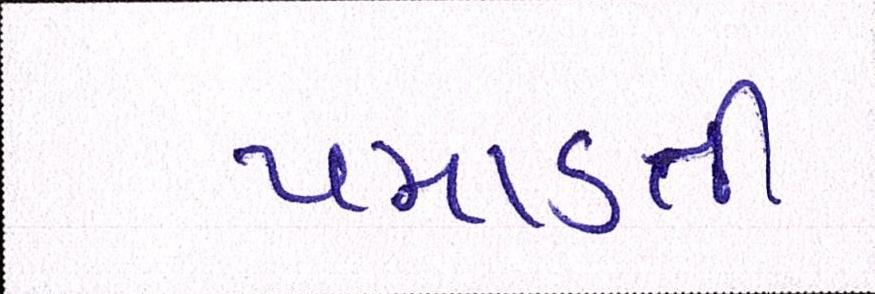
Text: પમાડતી